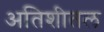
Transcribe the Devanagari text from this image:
अतिशीतल